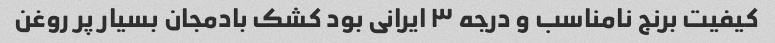
کیفیت برنج نامناسب و درجه ٣ ایرانی بود کشک بادمجان بسیار پر روغن